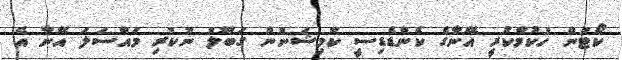
ކޯޓުން ހުކުމްކުރީ އޭނާގެ ކެންޑެޑިސީ ކޮމިޝަނުން ގަބޫލު ނުކުރި މައްސަލަ އޭނާ އެ